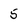
Character: 5